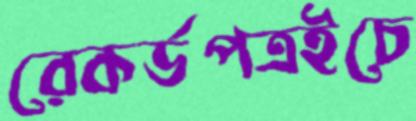
রেকর্ডপত্রইচে